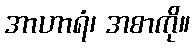
အာဟာရံ၊ အစာကို။